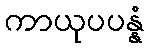
ကာယုပပန္နံ